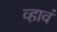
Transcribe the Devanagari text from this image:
व्‍हावं